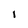
Character: i